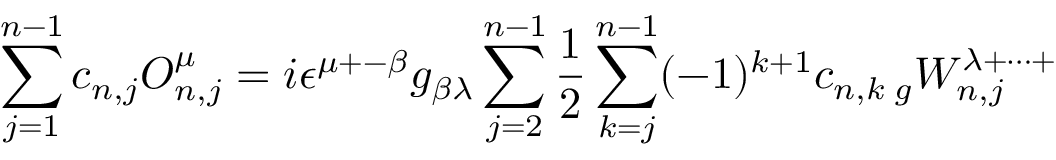
\sum _ { j = 1 } ^ { n - 1 } c _ { n , j } { \cal O } _ { n , j } ^ { \mu } = i \epsilon ^ { \mu + - \beta } g _ { \beta \lambda } \sum _ { j = 2 } ^ { n - 1 } { \frac { 1 } { 2 } } \sum _ { k = j } ^ { n - 1 } ( - 1 ) ^ { k + 1 } c _ { n , k } \, _ { g } W _ { n , j } ^ { \lambda + \cdots + }